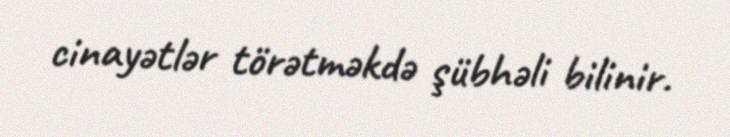
cinayətlər törətməkdə şübhəli bilinir.